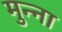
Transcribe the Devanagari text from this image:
मुन्‍ना